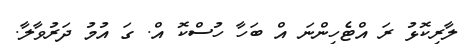
ލާރިކޮޅު ރަ އްޓެހިންނަ އް ބަހާ ހުސްކޮ އް. ގަ އުމު ދަރުވާލާ.